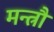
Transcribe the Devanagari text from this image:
मन्त्रौं